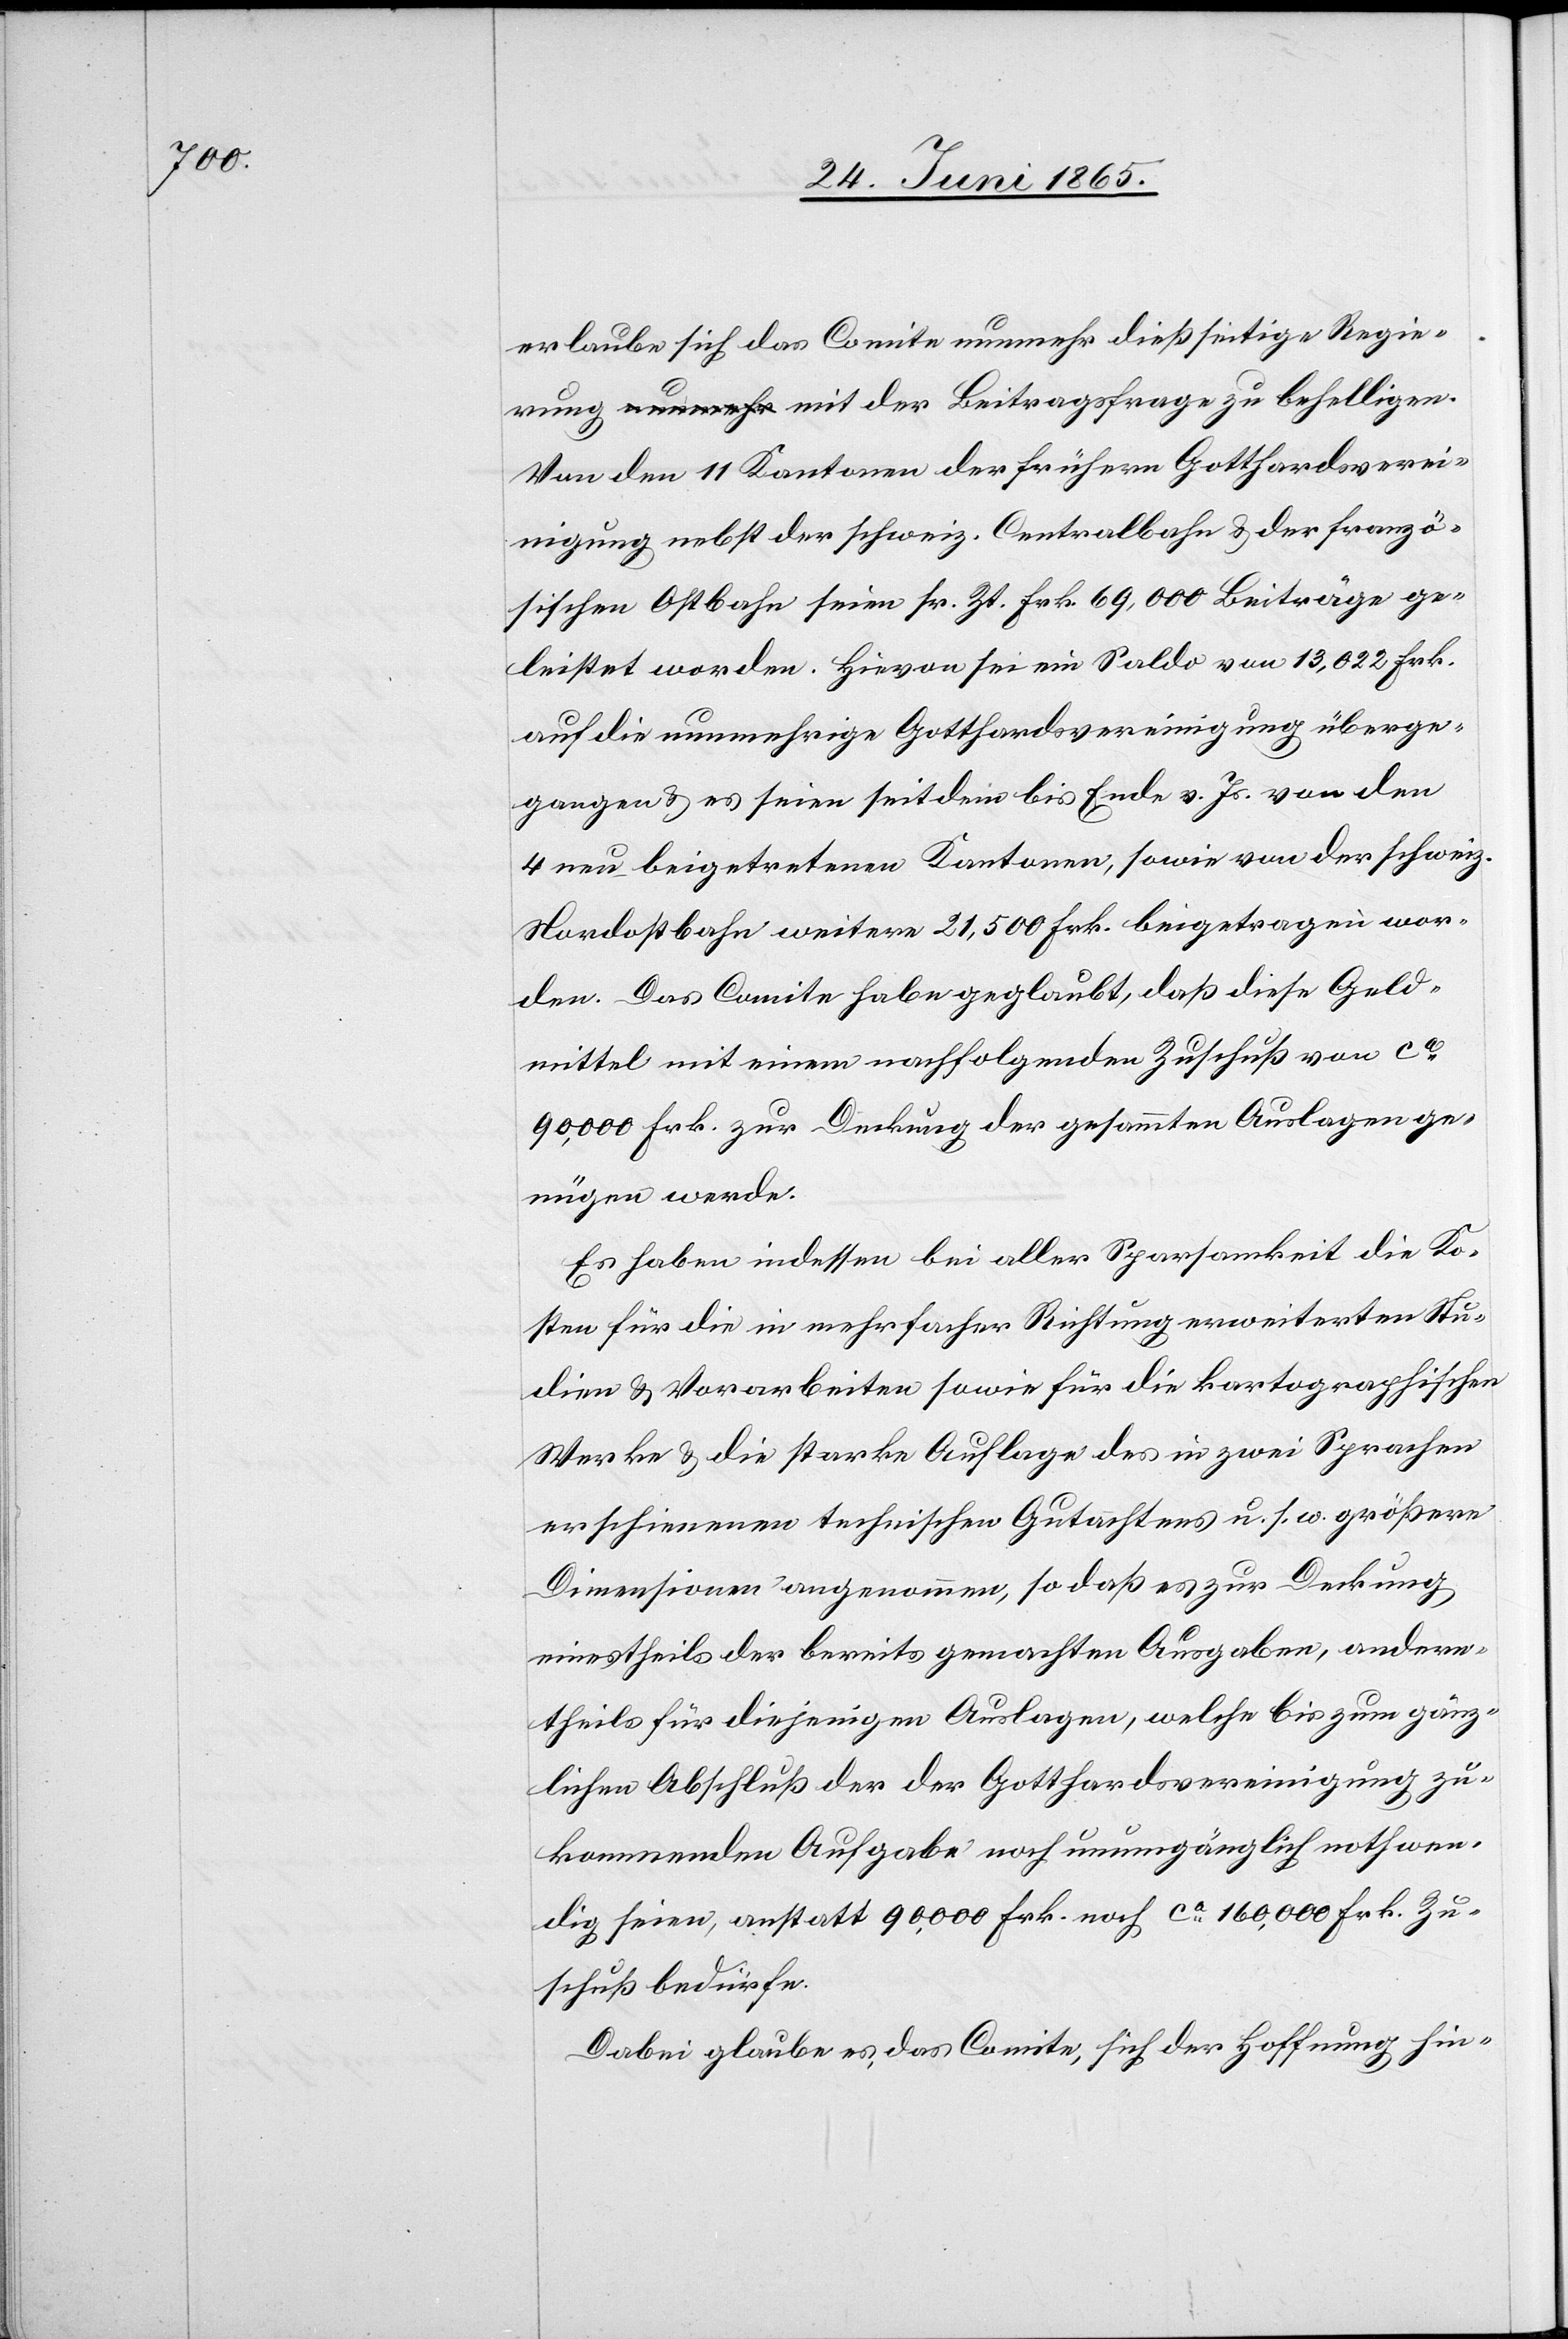
erlaube sich das Comite nunmehr dießseitige Regie¬
rung mit der Beitragsfrage zu behelligen.
Von den 11 Kantonen der frühern Gotthardsverei¬
nigung nebst der schweiz. Centralbahn & der franzö¬
sischen Ostbahn seien sr. Zt. Frk. 69,000 Beiträge ge¬
leistet worden. Hievon sei ein Saldo von 13,022 Frk.
auf die nunmehrige Gotthardsvereinigung überge¬
gangen & es seien seitdem bis Ende v. Js. von den
4 neu beigetretenen Kantonen, sowie von der schweiz.
Nordostbahn weitere 21,500 Frk. beigetragen wor¬
den. Das Comite habe geglaubt, daß diese Geld¬
mittel mit einem nachfolgenden Zuschuß von ca
90,000 Frk. zur Deckung der gesammten Auslagen ge¬
nügen werde.
Es haben indessen bei aller Sparsamkeit die Ko¬
sten für die in mehrfacher Richtung erweiterten Stu¬
dien & Vorarbeiten sowie für die kartographischen
Werke & die starke Auflage des in zwei Sprachen
erschienenen technischen Gutachtens u. s. w. größere
Dimensionen angenommen, so daß es zur Deckung
einestheils der bereits gemachten Ausgaben, andern¬
theils für diejenigen Auslagen, welche bis zum gänz¬
lichen Abschluß der der Gotthardsvereinigung zu¬
kommenden Aufgabe noch unumgänglich nothwen¬
dig seien, anstatt 90,000 Frk. noch ca 160,000 Frk. Zu¬
schuß bedürfe.
Dabei glaube es, das Comite, sich der Hoffnung hin-